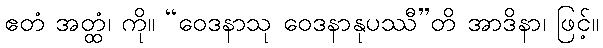
ဧတံ အတ္ထံ၊ ကို။ “ဝေဒနာသု ဝေဒနာနုပဿီ”တိ အာဒိနာ၊ ဖြင့်။